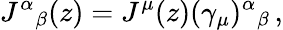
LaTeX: J^{\alpha}{}_{\beta}(z)=J^{\mu}(z)(\gamma_{\mu})^{\alpha}{}_{\beta}\, ,